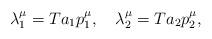
LaTeX: \begin{align*}\lambda _1^\mu =Ta_1p_1^\mu ,\quad \lambda _2^\mu =Ta_2p_2^\mu , \end{align*}